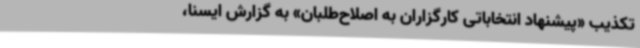
تکذیب «پیشنهاد انتخاباتی کارگزاران به اصلاح‌طلبان» به گزارش ایسنا،